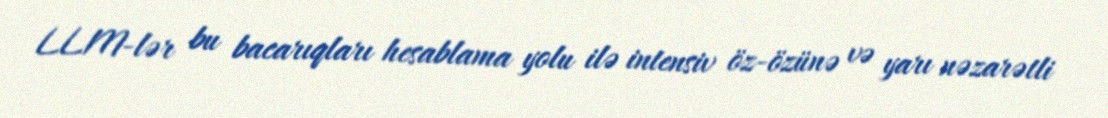
LLM-lər bu bacarıqları hesablama yolu ilə intensiv öz-özünə və yarı nəzarətli